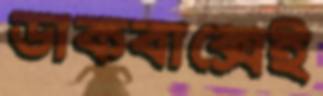
ডাকবাক্সেই